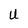
Character: U